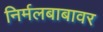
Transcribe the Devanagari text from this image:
निर्मलबाबावर